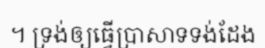
។ ទ្រង់ឲ្យធ្វើប្រាសាទទង់ដែង